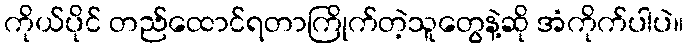
ကိုယ်ပိုင် တည်ထောင်ရတာကြိုက်တဲ့သူတွေနဲ့ဆို အံကိုက်ပါပဲ။